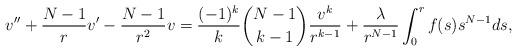
LaTeX: \begin{align*}v'' + \frac{N-1}{r} v' - \frac{N-1}{r^2} v = \frac{(-1)^k}{k} \binom{N-1}{k-1} \frac{v^k}{r^{k-1}}+ \frac{\lambda}{r^{N-1}} \int_0^{r} f(s) s^{N-1} ds,\end{align*}